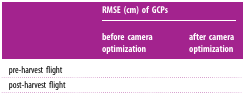
<table><thead><tr><td rowspan="2">[EMPTY_CELL]</td><td colspan="2"><b>RMSE (cm) of GCPs</b></td></tr><tr><td><b>before camera optimization</b></td><td><b>after camera optimization</b></td></tr></thead><tbody><tr><td>pre-harvest flight</td><td>[EMPTY_CELL]</td><td>[EMPTY_CELL]</td></tr><tr><td>post-harvest flight</td><td>[EMPTY_CELL]</td><td>[EMPTY_CELL]</td></tr></tbody></table>